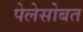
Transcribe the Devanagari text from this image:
पेलेसोबत